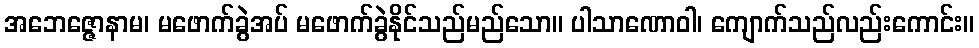
အဘေဇ္ဇောနာမ၊ မဖောက်ခွဲအပ် မဖောက်ခွဲနိုင်သည်မည်သော။ ပါသာဏောဝါ၊ ကျောက်သည်လည်းကောင်း။